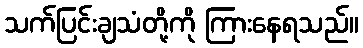
သက်ပြင်းချသံတို့ကို ကြားနေရသည်။